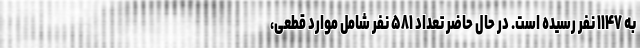
به ۱۱۴۷ نفر رسیده است. در حال حاضر تعداد ۵۸۱ نفر شامل موارد قطعی،